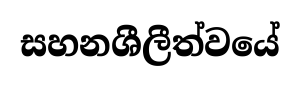
සහනශීලීත්වයේ